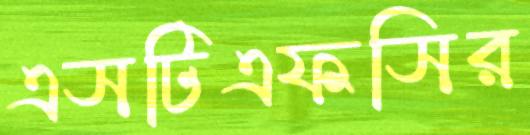
এসটিএফসির